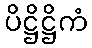
ပိဋ္ဌိဋ္ဌိကံ